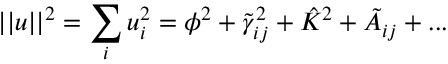
| | u | | ^ { 2 } = \sum _ { i } u _ { i } ^ { 2 } = \phi ^ { 2 } + \tilde { \gamma } _ { i j } ^ { 2 } + \hat { K } ^ { 2 } + \tilde { A } _ { i j } + \mathrm { . . . }